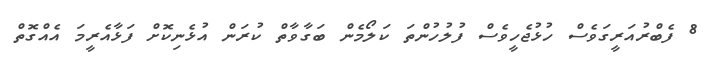
8 ފެބްރުއަރީގަވެސް ހުޅުޖެހީވެސް ފުލުހުންތަ ކަލޯމެން ބަގާވާތް ކުރަން އުޅެނިކޮށް ފަޅާއެރީމަ އެއްގޮތް